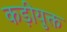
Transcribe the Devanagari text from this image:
कड़ीयुक्त